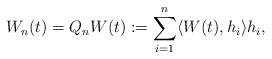
LaTeX: \begin{align*}W_n(t) = Q_n W(t):= \sum_{i=1}^n \langle W(t), h_i \rangle h_i ,\end{align*}